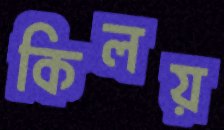
কিলয়